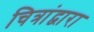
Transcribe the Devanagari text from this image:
चित्रांद्वारा